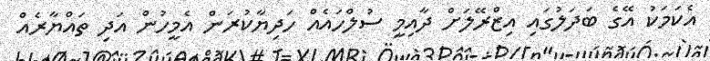
އެކަމަކު އޭގެ ބަދަލުގައި އިޒްރޭލަށް ދާއިމީ ސުލްހައެއް ހަދިޔާކުރަން އެމީހުން އަދި ތައްޔާރެއް